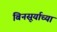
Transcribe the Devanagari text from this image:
बिनसूर्याच्या